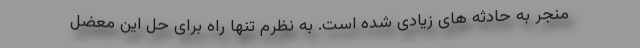
منجر به حادثه های زیادی شده است. به نظرم تنها راه برای حل این معضل